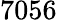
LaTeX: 7056